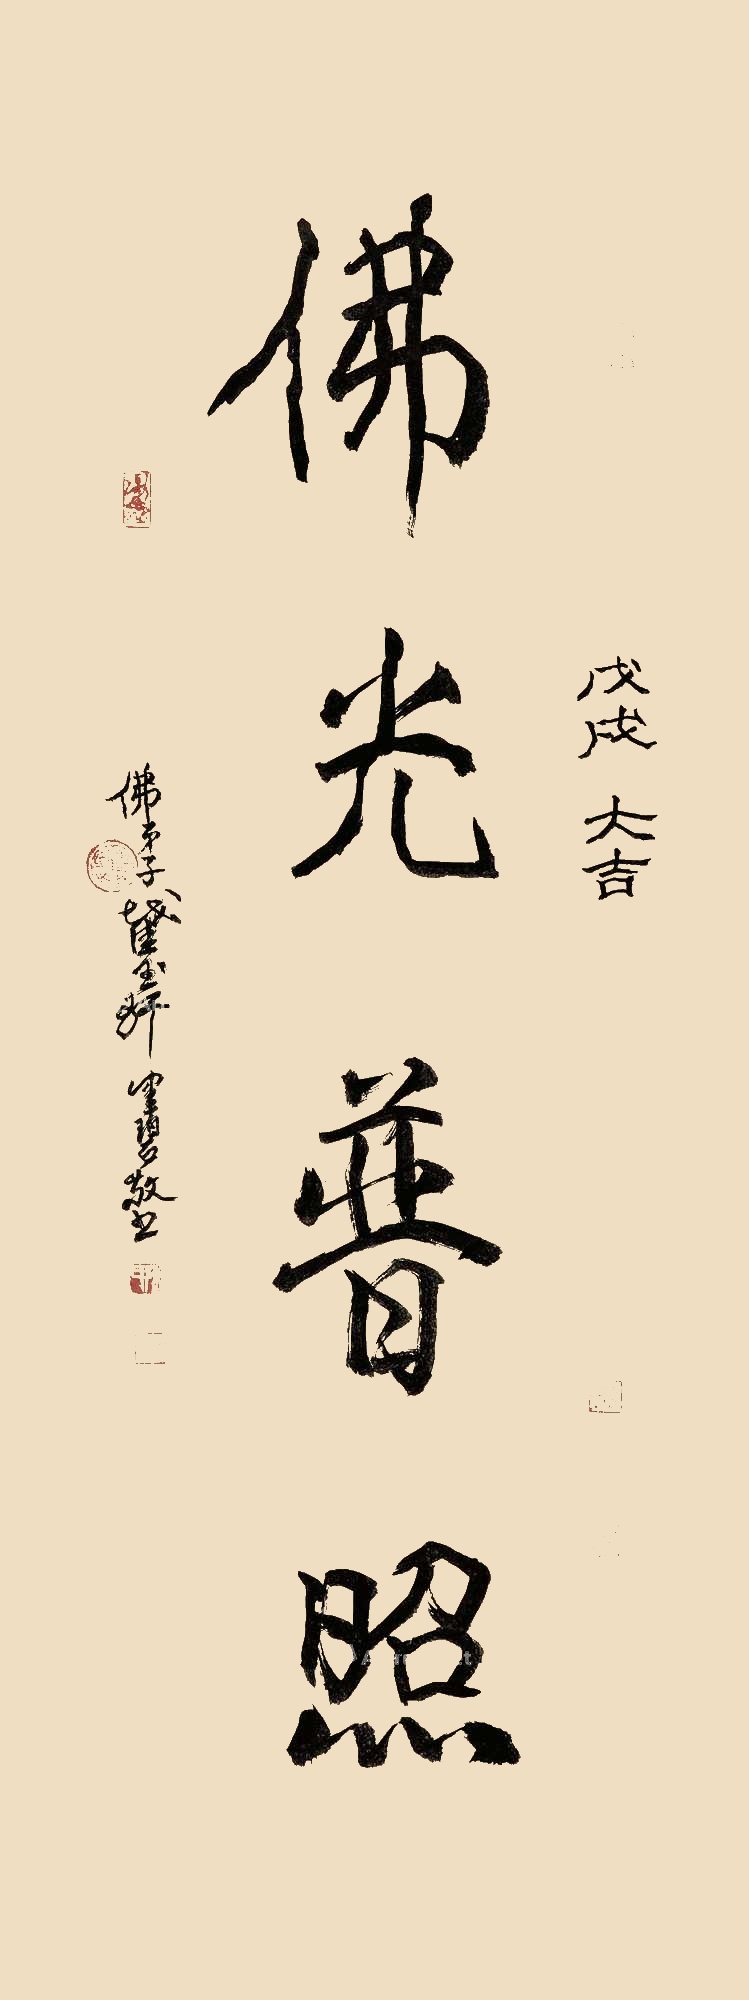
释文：佛光普照戊戌大吉，佛弟子截玉轩健碧敬书。